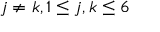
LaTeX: j \neq k , 1 \leq j , k \leq 6